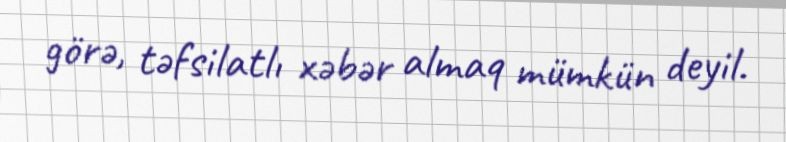
görə, təfsilatlı xəbər almaq mümkün deyil.